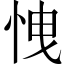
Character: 𢘽